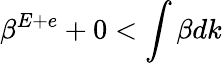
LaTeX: \beta^{E+e}+0<\int\beta dk